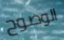
الوضوح